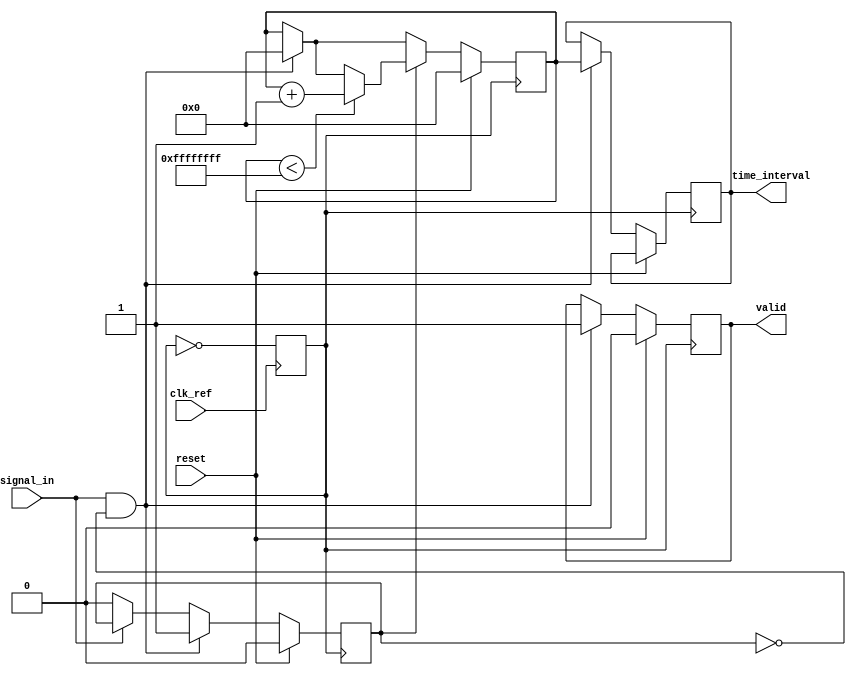
module TDC (
    input wire clk_ref,       // Reference clock input
    input wire signal_in,     // Input signal for time-event detection
    input wire reset,         // Reset signal
    output reg [31:0] time_interval, // Time interval count output
    output reg valid          // Validity flag for the output
);

    // Parameters
    parameter PLL_FREQUENCY = 100e6; // PLL output frequency
    parameter COUNTER_MAX = 32'd4294967295; // Max value for counter

    reg [31:0] counter;          // Counter to measure time intervals
    reg edge_detected;           // Edge detection state
    reg clk_pll;                 // PLL output clock (in reality needs a PLL module)
    
    // PLL instantiation would go here (or a mock PLL for simulation)
    // Always generate the PLL clock for example purposes. 
    // The actual PLL implementation is complex and may require vendor-specific primitives.
    always @(posedge clk_ref) begin
        clk_pll <= ~clk_pll; // Simple toggle for illustrative purposes.
    end

    // Edge Detection Logic
    always @(posedge clk_pll) begin
        if (reset) begin
            counter <= 32'd0;
            edge_detected <= 1'b0;
            valid <= 1'b0;
        end else begin
            if (signal_in && !edge_detected) begin
                edge_detected <= 1'b1; // Rising edge detected
                time_interval <= counter;
                valid <= 1'b1;
                counter <= 32'd0;         // Reset counter on edge
            end else if (!signal_in) begin
                edge_detected <= 1'b0; // Reset edge detection on falling edge
            end
            if (edge_detected) begin
                if (counter < COUNTER_MAX)
                    counter <= counter + 1; // Increment counter if edge is detected
            end
        end
    end

endmodule